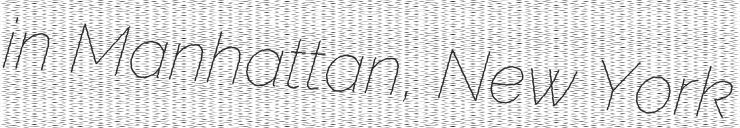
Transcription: in Manhattan, New York